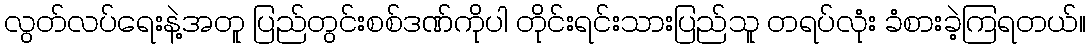
လွတ်လပ်ရေးနဲ့အတူ ပြည်တွင်းစစ်ဒဏ်ကိုပါ တိုင်းရင်းသားပြည်သူ တရပ်လုံး ခံစားခဲ့ကြရတယ်။